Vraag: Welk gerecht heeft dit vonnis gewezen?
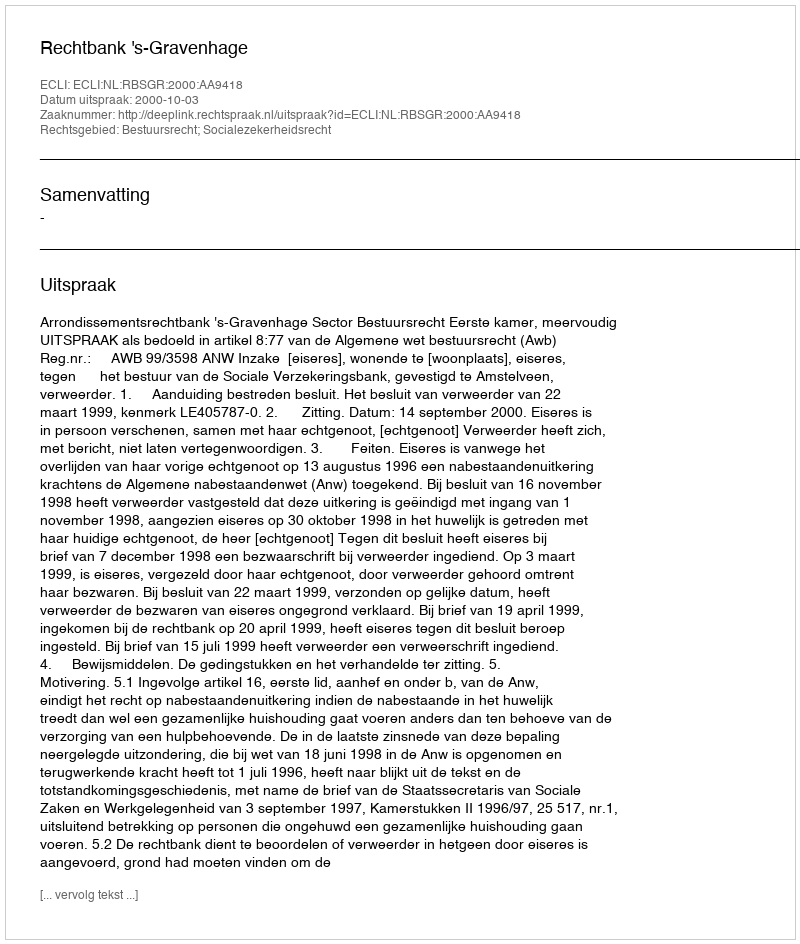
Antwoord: Rechtbank 's-Gravenhage